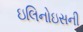
ઇલિનોઇસની